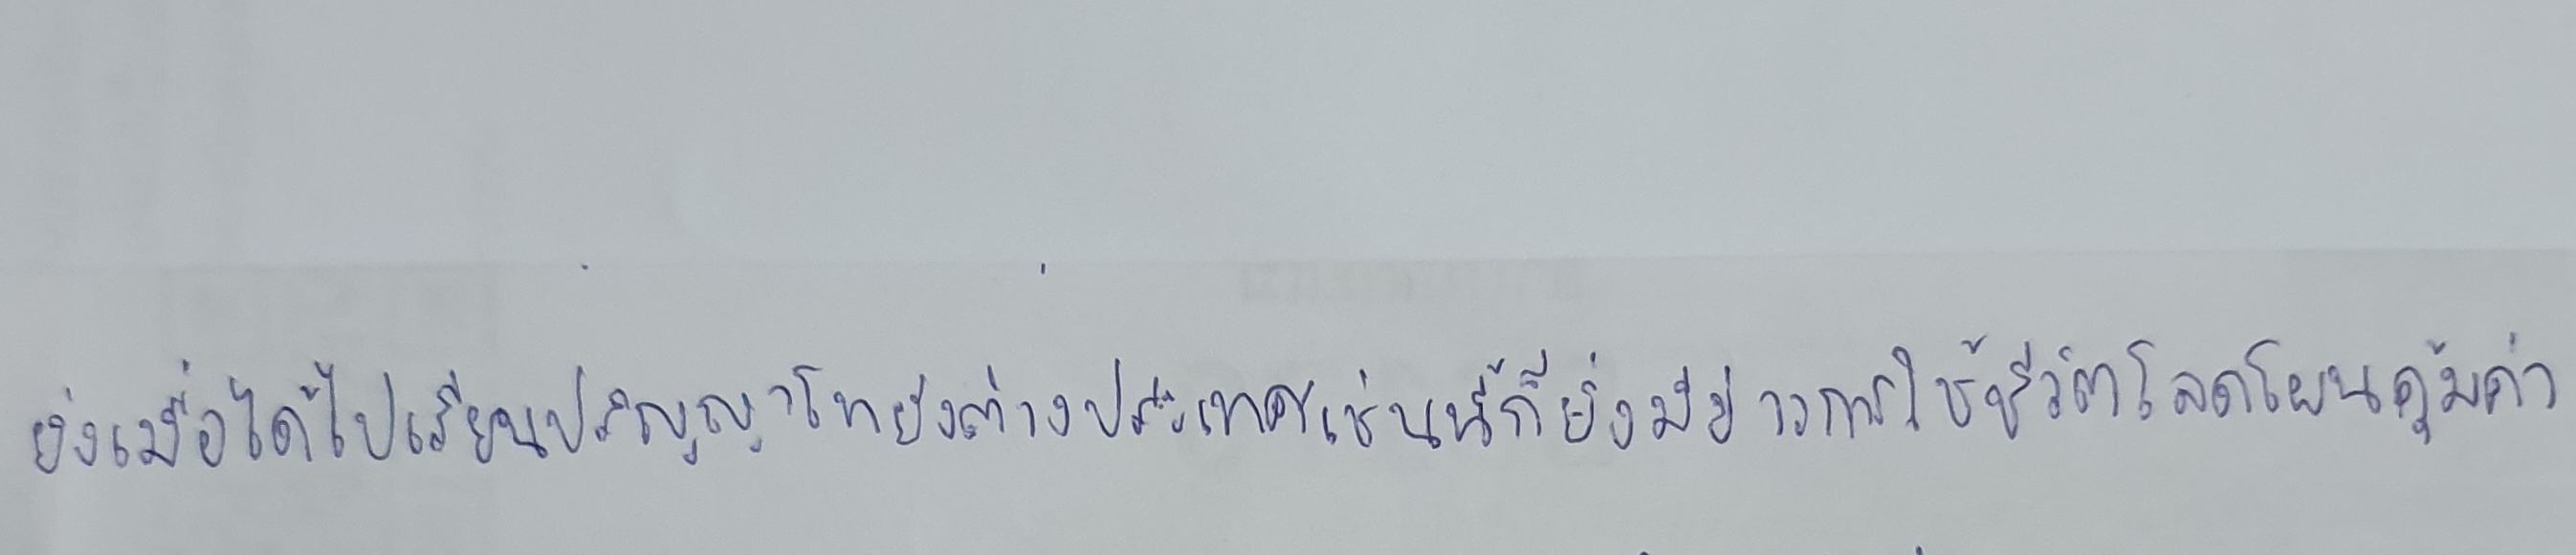
ยิ่งเมื่อได้ไปเรียนปริญญาโทยังต่างประเทศเช่นนี้ก็ยิ่งมีข่าวการใช้ชีวิตโลดโผนคุ้มค่า